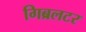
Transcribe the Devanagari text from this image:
गिब्रलटर